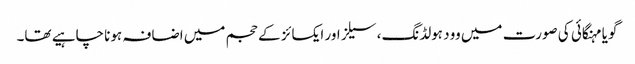
گویا مہنگائی کی صورت میں وود ہولڈنگ، سیلز اور ایکسائز کے حجم میں اضافہ ہونا چاہیے تھا۔